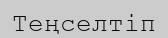
Теңселтіп